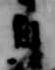
目